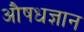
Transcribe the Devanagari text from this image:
औषधज्ञान